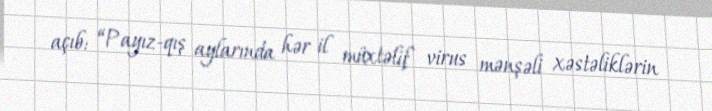
açıb: “Payız-qış aylarında hər il müxtəlif virus mənşəli xəstəliklərin